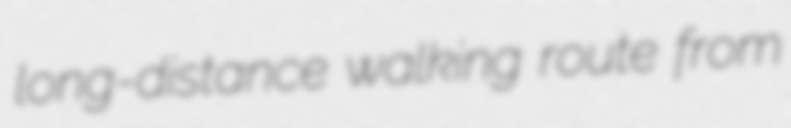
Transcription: long-distance walking route from